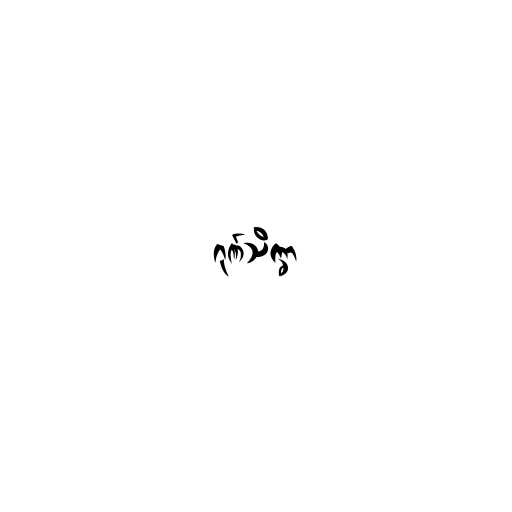
ဂုဏ်သိက္ခာ